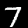
Label: 7